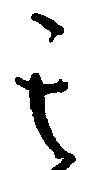
其